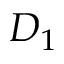
D _ { 1 }